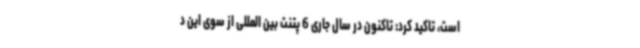
است، تاکید کرد: تاکنون در سال جاری 6 پتنت بین المللی از سوی این د